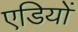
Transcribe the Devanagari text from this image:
एडियों